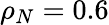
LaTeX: \rho_{N}=0.6